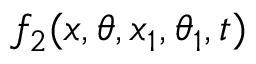
f _ { 2 } ( x , \theta , x _ { 1 } , \theta _ { 1 } , t )